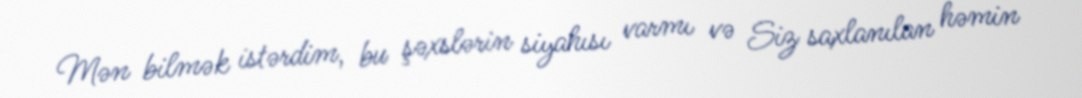
Mən bilmək istərdim, bu şəxslərin siyahısı varmı və Siz saxlanılan həmin